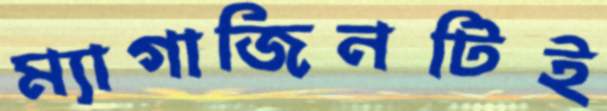
ম্যাগাজিনটিই